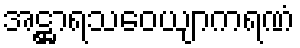
အဋ္ဌာရသဝေယျာကရဏံ